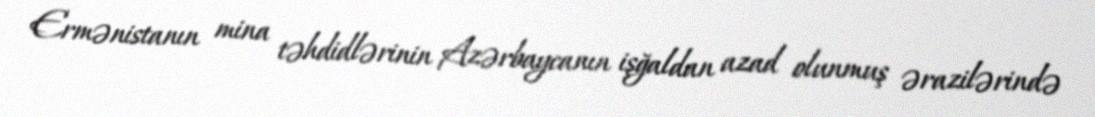
Ermənistanın mina təhdidlərinin Azərbaycanın işğaldan azad olunmuş ərazilərində